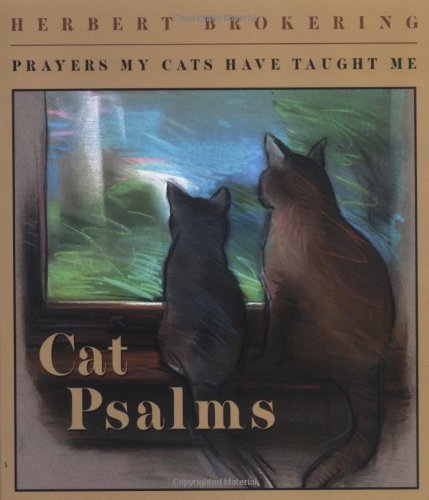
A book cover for Cat Psalms; Herbert F. Brokering; Humor & Entertainment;